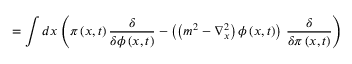
= \int d x \left( \pi \left( x , t \right) \frac { \delta } { \delta \phi \left( x , t \right) } - \left( \left( m ^ { 2 } - \nabla _ { x } ^ { 2 } \right) \phi \left( x , t \right) \right) \, \frac { \delta } { \delta \pi \left( x , t \right) } \right)